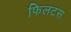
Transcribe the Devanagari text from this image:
फिलटस